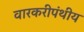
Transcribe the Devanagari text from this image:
वारकरीपंथीय